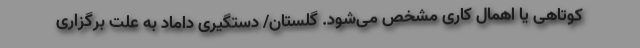
کوتاهی یا اهمال کاری مشخص می‌شود. گلستان/ دستگیری داماد به علت برگزاری